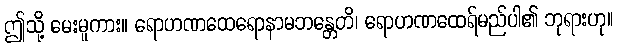
ဤသို့ မေးမူကား။ ရောဟဏထေရောနာမဘန္တေတိ၊ ရောဟဏထေရ်မည်ပါ၏ ဘုရားဟု။